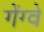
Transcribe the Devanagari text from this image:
गेंग्वे